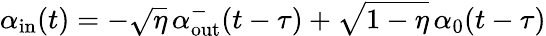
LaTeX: \alpha_{\mathrm{in}}(t)=-\sqrt{\eta}\, \alpha_{\mathrm{out}}^{-}(t-\tau)+\sqrt{1-\eta}\, \alpha_{0}(t-\tau)